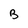
Character: B